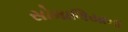
સોમાલિયાના